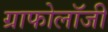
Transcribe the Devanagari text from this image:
ग्राफोलॉजी